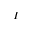
I